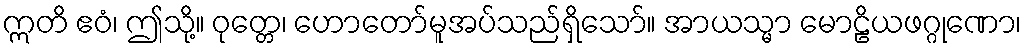
ဣတိ ဧဝံ၊ ဤသို့။ ဝုတ္တေ၊ ဟောတော်မူအပ်သည်ရှိသော်။ အာယသ္မာ မောဠိယဖဂ္ဂုဏော၊